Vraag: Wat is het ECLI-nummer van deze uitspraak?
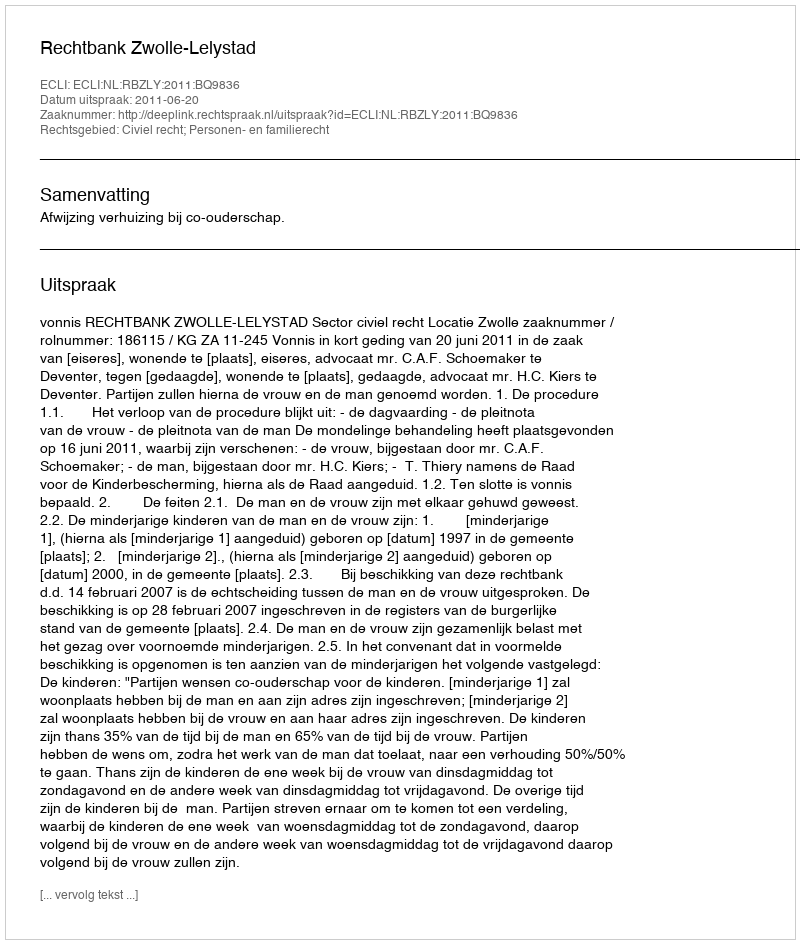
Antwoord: ECLI:NL:RBZLY:2011:BQ9836